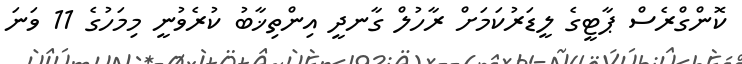
ކޮންގްރެސް ޕާޓީގެ ލީޑަރުކަމަށް ރާހުލް ގާނދީ އިންތިޚާބު ކުރެވުނީ މިމަހުގެ 11 ވަނަ